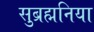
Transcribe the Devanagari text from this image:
सुब्रह्मनिया